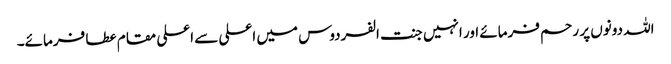
اللہ دونوں پر رحم فرمائے اور انہیں جنت الفردوس میں اعلی سے اعلی مقام عطا فرمائے۔